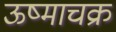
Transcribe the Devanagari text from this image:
ऊष्माचक्र